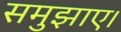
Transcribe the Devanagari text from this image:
समुझाए।